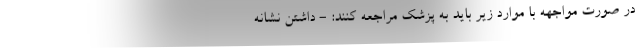
در صورت مواجهه با موارد زیر باید به پزشک مراجعه کنند: - داشتن نشانه